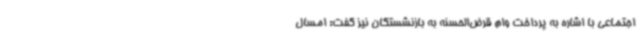
اجتماعی با اشاره به پرداخت وام قرض‌الحسنه به بازنشستگان نیز گفت: امسال